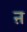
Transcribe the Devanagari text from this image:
ऩ